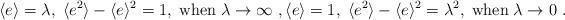
LaTeX: \begin{align*}\langle e \rangle = \lambda, \; \langle e^2\rangle-\langle e \rangle^2=1,\; \mathrm{when}\; \lambda\to\infty \ ,\langle e \rangle = 1, \; \langle e^2\rangle-\langle e \rangle^2 = \lambda^2,\; \mathrm{when}\; \lambda\to 0\ .\end{align*}